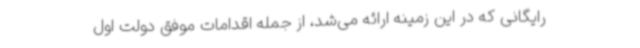
رایگانی که در این زمینه ارائه می‌شد، از جمله اقدامات موفق دولت اول